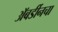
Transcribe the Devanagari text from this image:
अॅबर्डीनचा